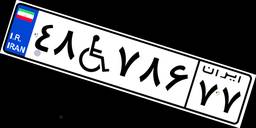
۴۸W۷۸۶۷۷